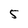
Character: 5